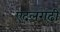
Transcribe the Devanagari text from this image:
एदलगढ़ी